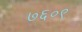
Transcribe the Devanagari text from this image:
७६०९